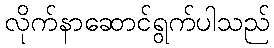
လိုက်နာဆောင်ရွက်ပါသည်